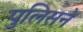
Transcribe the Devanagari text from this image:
पुलिसने